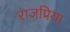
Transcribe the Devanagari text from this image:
राजप्रिया